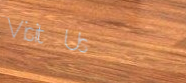
Visit Us